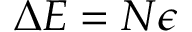
\Delta E = N \epsilon